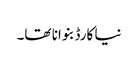
نیا کارڈ بنوانا تھا۔